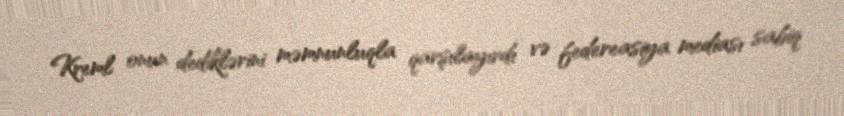
Kreml onun dediklərini məmnunluqla qarşılayırdı və federeasiya mediası sabiq